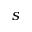
s